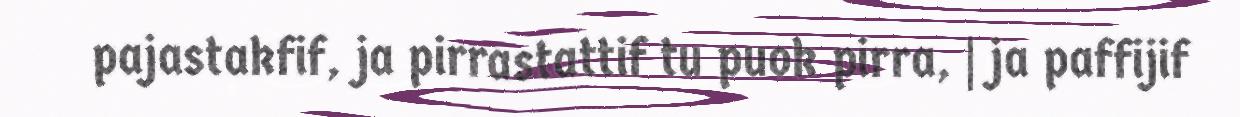
pajastakfif, ja pirrastattif tu puok pirra, | ja paffijif